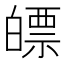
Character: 𤾛